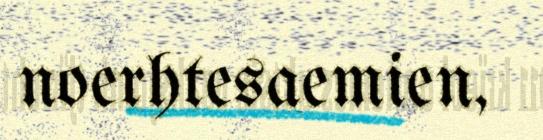
noerhtesaemien,